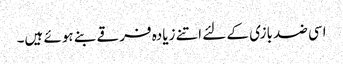
اسی ضد بازی کے لئے اتنے زیادہ فرقے بنے ہوئے ہیں۔